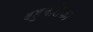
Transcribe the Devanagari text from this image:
बहुनलिका